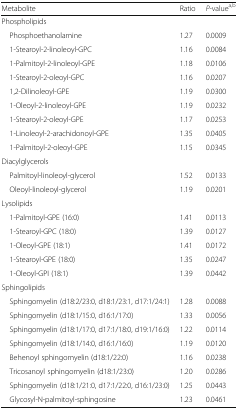
<table><thead><tr><td><b>Metabolite</b></td><td><b>Ratio</b></td><td><b><i>P</i>-value<sup>a,b</sup></b></td></tr></thead><tbody><tr><td colspan="3">Phospholipids</td></tr><tr><td> Phosphoethanolamine</td><td>1.27</td><td>0.0009</td></tr><tr><td> 1-Stearoyl-2-linoleoyl-GPC</td><td>1.16</td><td>0.0084</td></tr><tr><td> 1-Palmitoyl-2-linoleoyl-GPE</td><td>1.18</td><td>0.0106</td></tr><tr><td> 1-Stearoyl-2-oleoyl-GPC</td><td>1.16</td><td>0.0207</td></tr><tr><td> 1,2-Dilinoleoyl-GPE</td><td>1.19</td><td>0.0300</td></tr><tr><td> 1-Oleoyl-2-linoleoyl-GPE</td><td>1.19</td><td>0.0232</td></tr><tr><td> 1-Stearoyl-2-oleoyl-GPE</td><td>1.17</td><td>0.0253</td></tr><tr><td> 1-Linoleoyl-2-arachidonoyl-GPE</td><td>1.35</td><td>0.0405</td></tr><tr><td> 1-Palmitoyl-2-oleoyl-GPE</td><td>1.15</td><td>0.0345</td></tr><tr><td colspan="3">Diacylglycerols</td></tr><tr><td> Palmitoyl-linoleoyl-glycerol</td><td>1.52</td><td>0.0133</td></tr><tr><td> Oleoyl-linoleoyl-glycerol</td><td>1.19</td><td>0.0201</td></tr><tr><td colspan="3">Lysolipids</td></tr><tr><td> 1-Palmitoyl-GPE (16:0)</td><td>1.41</td><td>0.0113</td></tr><tr><td> 1-Stearoyl-GPC (18:0)</td><td>1.39</td><td>0.0127</td></tr><tr><td> 1-Oleoyl-GPE (18:1)</td><td>1.41</td><td>0.0172</td></tr><tr><td> 1-Stearoyl-GPE (18:0)</td><td>1.35</td><td>0.0247</td></tr><tr><td> 1-Oleoyl-GPI (18:1)</td><td>1.39</td><td>0.0442</td></tr><tr><td colspan="3">Sphingolipids</td></tr><tr><td> Sphingomyelin (d18:2/23:0, d18:1/23:1, d17:1/24:1)</td><td>1.28</td><td>0.0088</td></tr><tr><td> Sphingomyelin (d18:1/15:0, d16:1/17:0)</td><td>1.33</td><td>0.0056</td></tr><tr><td> Sphingomyelin (d18:1/17:0, d17:1/18:0, d19:1/16:0)</td><td>1.22</td><td>0.0114</td></tr><tr><td> Sphingomyelin (d18:1/14:0, d16:1/16:0)</td><td>1.19</td><td>0.0120</td></tr><tr><td> Behenoyl sphingomyelin (d18:1/22:0)</td><td>1.16</td><td>0.0238</td></tr><tr><td> Tricosanoyl sphingomyelin (d18:1/23:0)</td><td>1.20</td><td>0.0286</td></tr><tr><td> Sphingomyelin (d18:1/21:0, d17:1/22:0, d16:1/23:0)</td><td>1.25</td><td>0.0443</td></tr><tr><td> Glycosyl-N-palmitoyl-sphingosine</td><td>1.23</td><td>0.0461</td></tr></tbody></table>